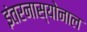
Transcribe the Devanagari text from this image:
इंतरनास्योनाल